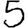
Digit: 5